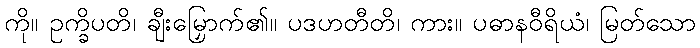
ကို။ ဥက္ခိပတိ၊ ချီးမြှောက်၏။ ပဒဟတီတိ၊ ကား။ ပဓာနဝီရိယံ၊ မြတ်သော